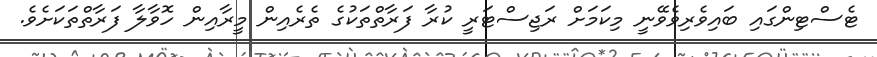
ޓެސްޓިންގައި ބައިވެރިވެވޭނީ މިކަމަށް ރަޖިސްޓަރީ ކުރާ ފަރާތްތަކުގެ ތެރެއިން މީރާއިން ހޮވާލާ ފަރާތްތަކަށެވެ.